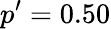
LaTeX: p^{\prime}=0.50